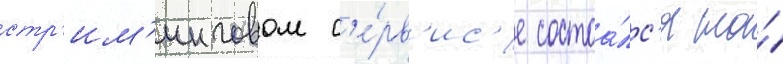
стр'им'инговом с'е́рв'ис'е состоа́лс'я на́